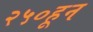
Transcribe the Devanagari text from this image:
२५०हून